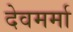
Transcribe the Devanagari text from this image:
देवमर्मा